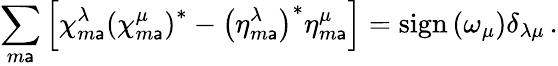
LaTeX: \sum_{m\mathsf{a}}\left[\chi_{m\mathsf{a}}^{\lambda}\left(\chi_{m\mathsf{a}}^{\mu}\right)^{*}-\left(\eta_{m\mathsf{a}}^{\lambda}\right)^{*}\eta_{m\mathsf{a}}^{\mu}\right]=\mathrm{{sign}}\left(\omega_{\mu}\right)\delta_{\lambda\mu}\, .